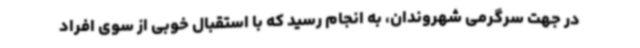
در جهت سرگرمی شهروندان، به انجام رسید که با استقبال خوبی از سوی افراد